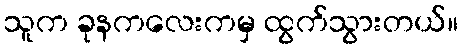
သူက ခုနကလေးကမှ ထွက်သွားတယ်။